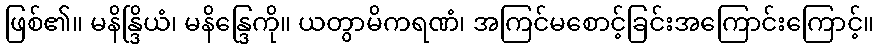
ဖြစ်၏။ မနိန္ဒြိယံ၊ မနိန္ဒြေကို။ ယတွာမိကရဏံ၊ အကြင်မစောင့်ခြင်းအကြောင်းကြောင့်။